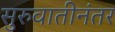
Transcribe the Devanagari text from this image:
सुरुवातीनंतर